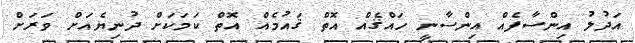
އަދުލު އިންސާފެއް އިންސާނީ ހައްޤެއް އޮތް ޤައުމެއް އޮތް ކަމަކަށް ދުނިޔެއަށް ވަރަށް